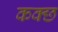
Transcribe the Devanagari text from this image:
कक्छ